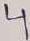
Text: 4